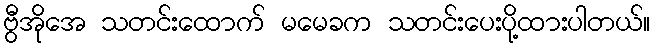
ဗွီအိုအေ သတင်းထောက် မမေခက သတင်းပေးပို့ထားပါတယ်။